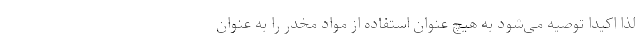
لذا اکیدا توصیه می‌شود به هیچ عنوان استفاده از مواد مخدر را به عنوان